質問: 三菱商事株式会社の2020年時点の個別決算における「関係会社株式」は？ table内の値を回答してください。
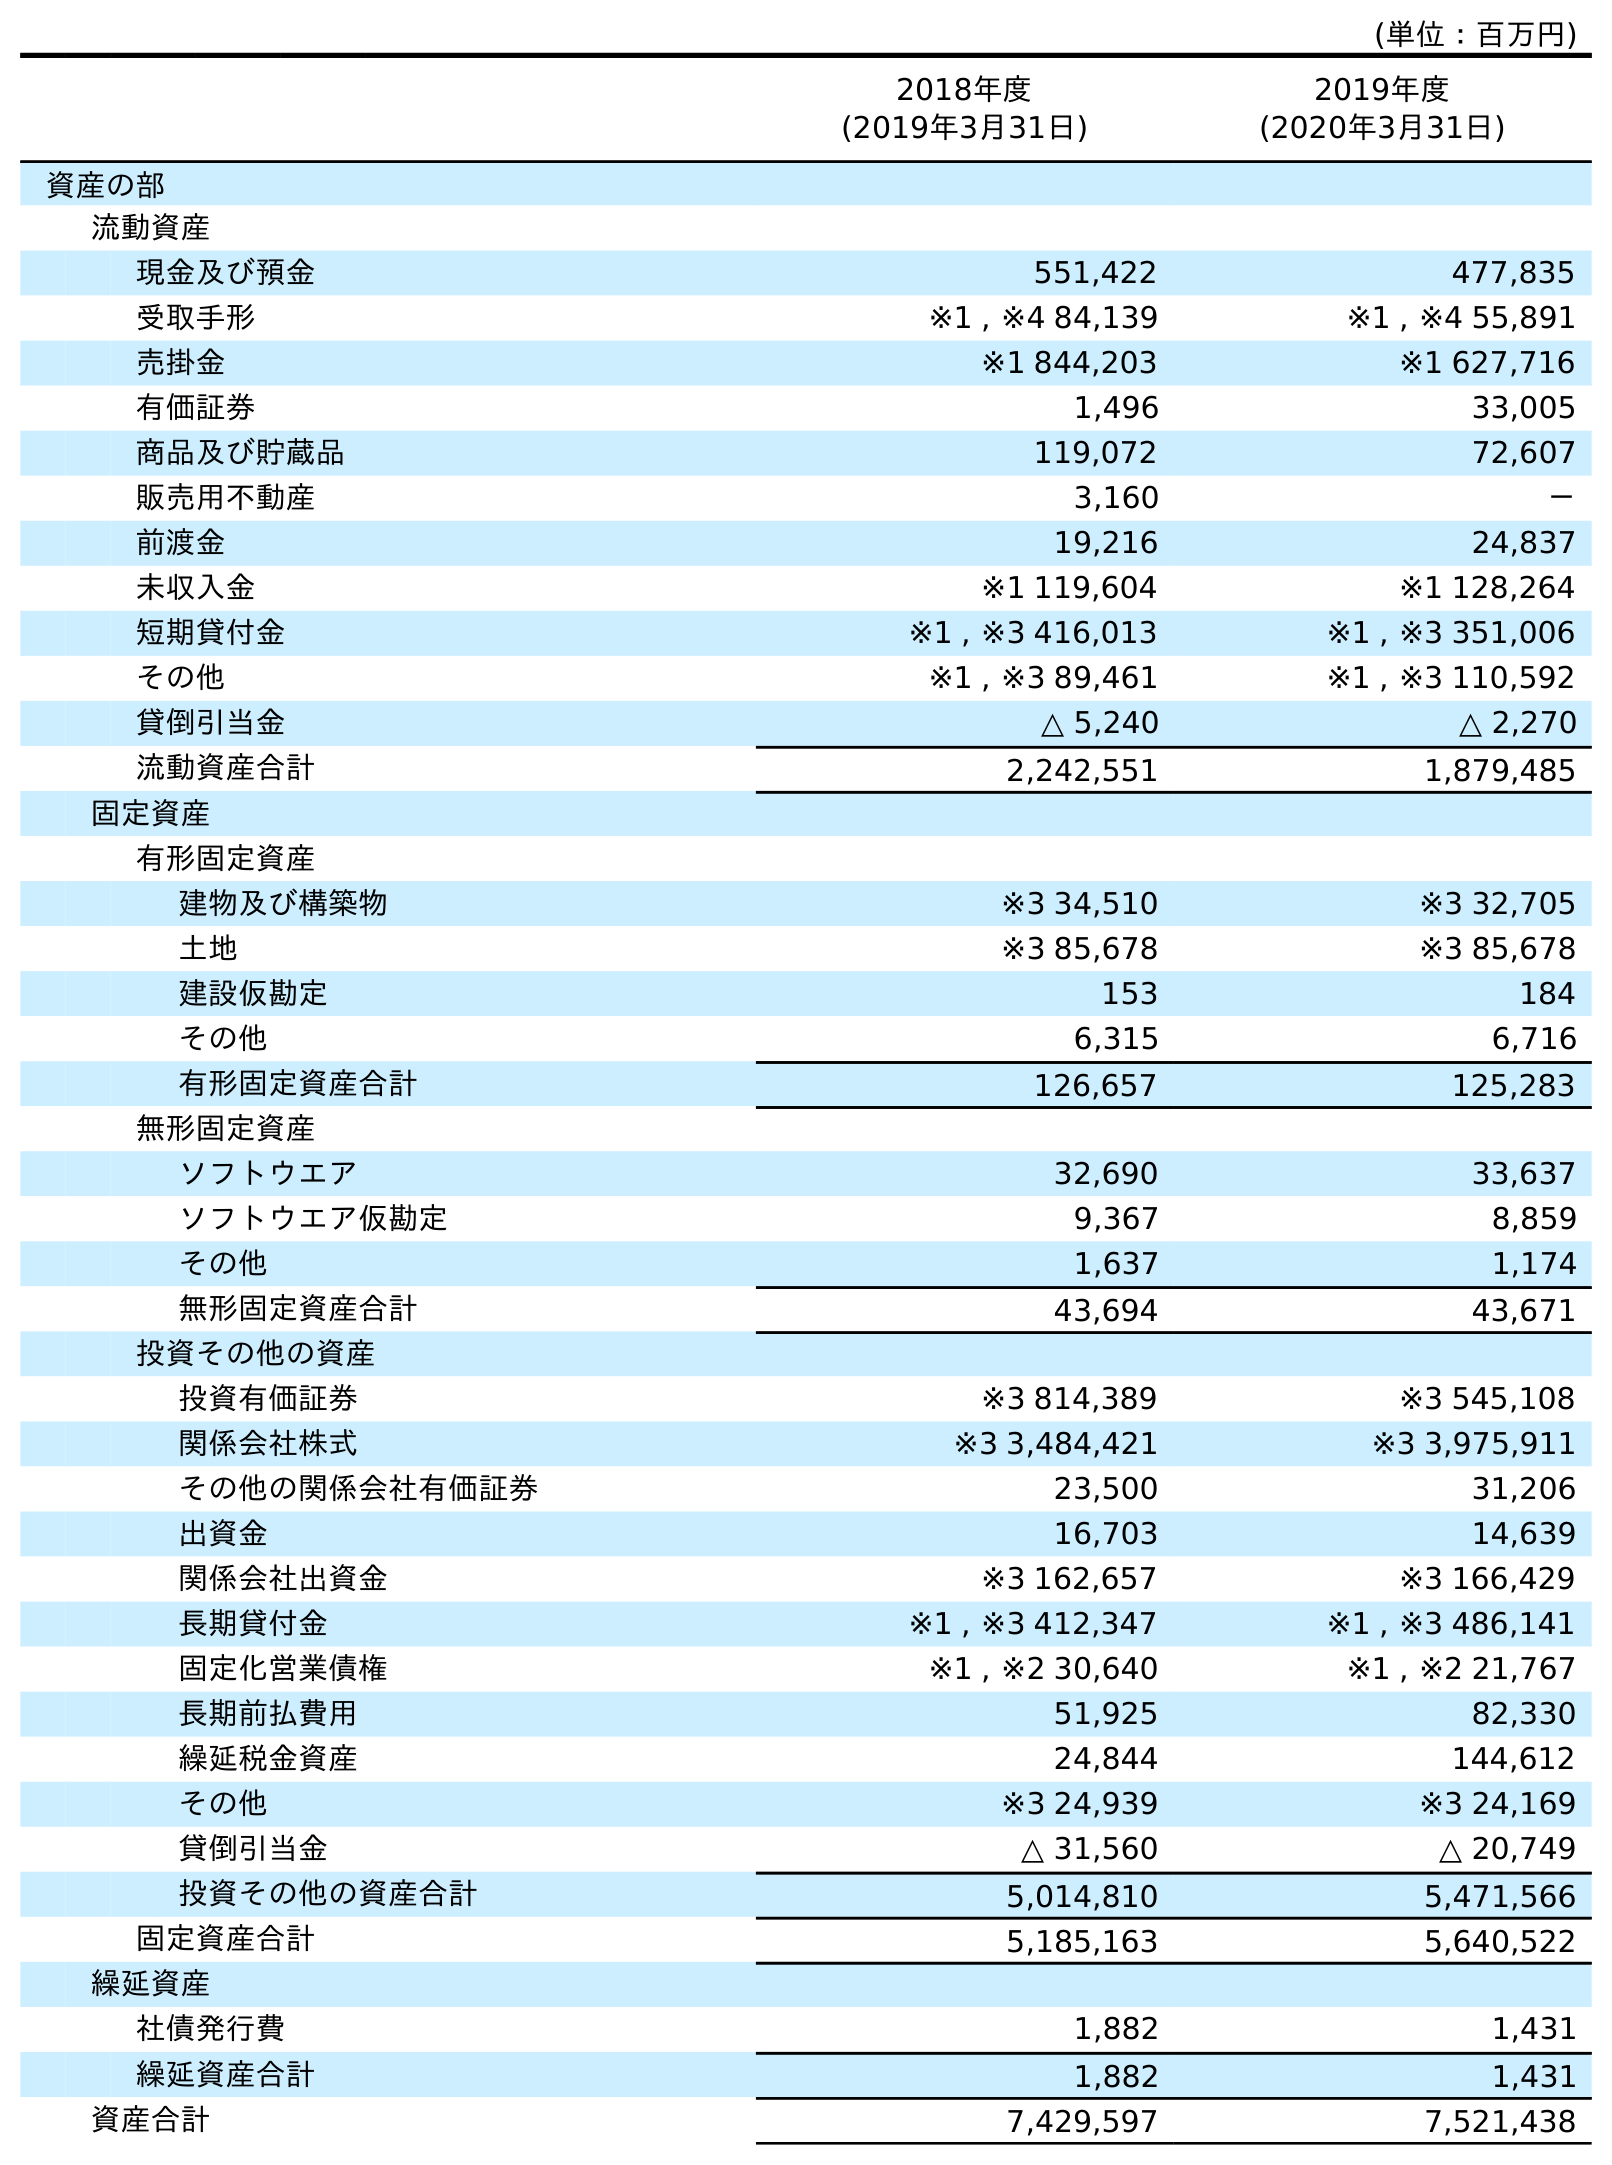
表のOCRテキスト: (単位：百万円) 2018年度 (2019年3月31日) 2019年度 (2020年3月31日) 資産の部 流動資産 現金及び預金 551,422 477,835 受取手形 ※1 , ※4 84,139 ※1 , ※4 55,891 売掛金 ※1 844,203 ※1 627,716 有価証券 1,496 33,005 商品及び貯蔵品 119,072 72,607 販売用不動産 3,160 － 前渡金 19,216 24,837 未収入金 ※1 119,604 ※1 128,264 短期貸付金 ※1 , ※3 416,013 ※1 , ※3 351,006 その他 ※1 , ※3 89,461 ※1 , ※3 110,592 貸倒引当金 △ 5,240 △ 2,270 流動資産合計 2,242,551 1,879,485 固定資産 有形固定資産 建物及び構築物 ※3 34,510 ※3 32,705 土地 ※3 85,678 ※3 85,678 建設仮勘定 153 184 その他 6,315 6,716 有形固定資産合計 126,657 125,283 無形固定資産 ソフトウエア 32,690 33,637 ソフトウエア仮勘定 9,367 8,859 その他 1,637 1,174 無形固定資産合計 43,694 43,671 投資その他の資産 投資有価証券 ※3 814,389 ※3 545,108 関係会社株式 ※3 3,484,421 ※3 3,975,911 その他の関係会社有価証券 23,500 31,206 出資金 16,703 14,639 関係会社出資金 ※3 162,657 ※3 166,429 長期貸付金 ※1 , ※3 412,347 ※1 , ※3 486,141 固定化営業債権 ※1 , ※2 30,640 ※1 , ※2 21,767 長期前払費用 51,925 82,330 繰延税金資産 24,844 144,612 その他 ※3 24,939 ※3 24,169 貸倒引当金 △ 31,560 △ 20,749 投資その他の資産合計 5,014,810 5,471,566 固定資産合計 5,185,163 5,640,522 繰延資産 社債発行費 1,882 1,431 繰延資産合計 1,882 1,431 資産合計 7,429,597 7,521,438
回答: ※33,975,911